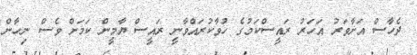
ދެހާސް އަށާވަރު އަހަރު ރައީސްކަމުގެ ހުވާކުރައްވާނީ ރައީސް ޔާމީން ކަމަށް ވެސް ނިހާން